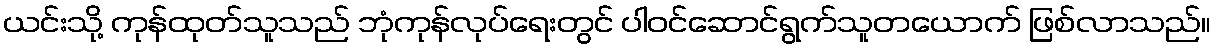
ယင်းသို့ ကုန်ထုတ်သူသည် ဘုံကုန်လုပ်ရေးတွင် ပါဝင်ဆောင်ရွက်သူတယောက် ဖြစ်လာသည်။